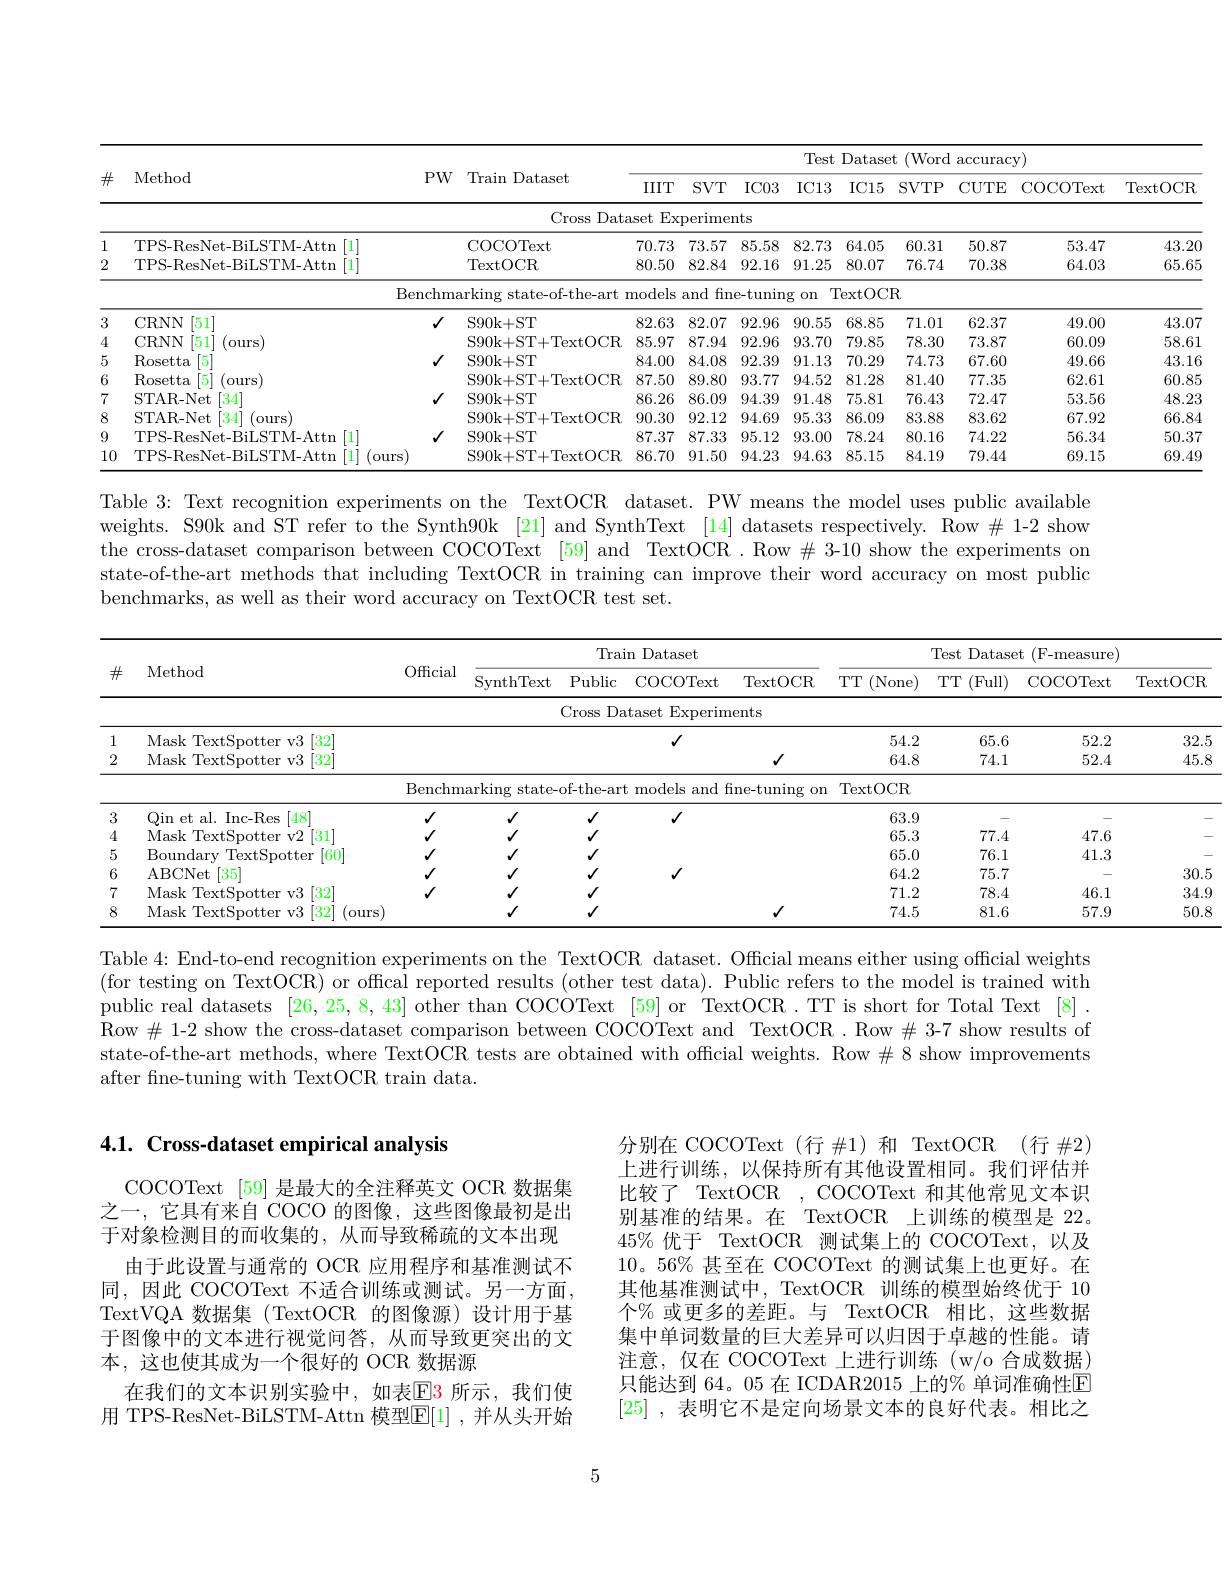
<table>
	<tbody>
		<tr>
			<th>$\#$</th>
			<th>Method</th>
			<th>$PW$</th>
			<th>Train Dataset</th>
			<th>$IIIT$</th>
			<th>$SVT$</th>
			<th>$IC13$</th>
			<th>$IC15$</th>
			<th>$SVTP$</th>
			<th>CUTE</th>
			<th>COCOText</th>
			<th>$\operatorname{TextOCR}$</th>
		</tr>
		<tr>
			<td> </td>
			<td> </td>
			<td> </td>
			<td>Cross sDat</td>
			<td>taset $Ex$</td>
			<td>perimer</td>
			<td> </td>
			<td> </td>
			<td> </td>
			<td> </td>
			<td> </td>
			<td> </td>
		</tr>
		<tr>
			<td>1</td>
			<td>TPS-ResNet-BiLSTM-Attn $\lceil1\rceil$</td>
			<td> </td>
			<td>COCOText</td>
			<td>70.73</td>
			<td>73.57</td>
			<td>82.73</td>
			<td>64.05</td>
			<td>60.31</td>
			<td>50.87</td>
			<td>53.47</td>
			<td>43.20</td>
		</tr>
		<tr>
			<td rowspan="2">4 2</td>
			<td>TPS-ResNet-BiLSTM-Attn [1]</td>
			<td> </td>
			<td>TextOCR</td>
			<td>80.50</td>
			<td>82.84</td>
			<td>91.25</td>
			<td>80.07</td>
			<td>76.74</td>
			<td>70.38</td>
			<td>64.03</td>
			<td>65.65</td>
		</tr>
		<tr>
			<td>Ber</td>
			<td>snchm</td>
			<td>$\operatorname{urking}$ state-of-the-art</td>
			<td>models</td>
			<td>fin and</td>
			<td>$ng$ $0n$</td>
			<td>TextOC</td>
			<td>$R$</td>
			<td> </td>
			<td> </td>
			<td> </td>
		</tr>
		<tr>
			<td>3</td>
			<td>CRNN [51]</td>
			<td>$√$</td>
			<td>S90k+ ST</td>
			<td>82.63</td>
			<td>82.07</td>
			<td>90.55</td>
			<td>68.85</td>
			<td>71.01</td>
			<td>62.37</td>
			<td>49.00</td>
			<td>43.07</td>
		</tr>
		<tr>
			<td>4</td>
			<td>CRNN [51] (ours)</td>
			<td> </td>
			<td>S90k+ ST+ TextOCR</td>
			<td>85.97</td>
			<td>87.94</td>
			<td>93.70</td>
			<td>79.85</td>
			<td>78.30</td>
			<td>73.87</td>
			<td>60.09</td>
			<td>58.61</td>
		</tr>
		<tr>
			<td>5</td>
			<td>Rosetta $\begin{bmatrix}5\\1\end{bmatrix}$</td>
			<td>$√$</td>
			<td>S90k+ ST</td>
			<td>84.00</td>
			<td>84.08</td>
			<td>91.13</td>
			<td>70.29</td>
			<td>74.73</td>
			<td>67.60</td>
			<td>49.66</td>
			<td>43.16</td>
		</tr>
		<tr>
			<td>6</td>
			<td>Rosetta [5] (ours)</td>
			<td> </td>
			<td>S90k+ ST+ TextOCR</td>
			<td>87.50</td>
			<td>89.80</td>
			<td>94.52</td>
			<td>81.28</td>
			<td>81.40</td>
			<td>77.35</td>
			<td>62.61</td>
			<td>60.85</td>
		</tr>
		<tr>
			<td>7</td>
			<td>STAR- Net [34]</td>
			<td>$√$</td>
			<td>S90k+ ST</td>
			<td>86.26</td>
			<td>86.09</td>
			<td>91.48</td>
			<td>75.81</td>
			<td>76.43</td>
			<td>72.47</td>
			<td>53.56</td>
			<td>48.23</td>
		</tr>
		<tr>
			<td>8</td>
			<td>STAR- Net [34] (ours</td>
			<td> </td>
			<td>S90k+ ST+ TextOCR</td>
			<td>90.30</td>
			<td>92.12</td>
			<td>95.33</td>
			<td>86.09</td>
			<td>83.88</td>
			<td>83.62</td>
			<td>67.92</td>
			<td>66.84</td>
		</tr>
		<tr>
			<td>9</td>
			<td>Attm 1 111</td>
			<td>$√$</td>
			<td>S90k+ ST</td>
			<td>87.37</td>
			<td>87.33</td>
			<td>93.00</td>
			<td>78.24</td>
			<td>80.16</td>
			<td>74.22</td>
			<td>56.34</td>
			<td>50.37</td>
		</tr>
		<tr>
			<td>10</td>
			<td> $\Delta ttm$ $011rs$</td>
			<td> </td>
			<td>S90k+ ST+ TextOCR</td>
			<td>86.70</td>
			<td>91.50</td>
			<td>94.63</td>
			<td>85.15</td>
			<td>84.19</td>
			<td>79.44</td>
			<td>69.15</td>
			<td>69.49</td>
		</tr>
	</tbody>
</table>

Table 3: Text recognition experiments on the TextOCR dataset. PW means the model uses public available weights. S90k and ST refer to the Synth90k [21] and SynthText [14] datasets respectively. Row # 1-2 show the cross-dataset comparison between COCOText [59] and TextOCR . Row $\#$ 3-10 show the experiments on state-of-the-art methods that including TextOCR in training can improve their word accuracy on most public benchmarks, as well as their word accuracy on TextOCR test set.

32.5

45.8

<table>
	<tbody>
		<tr>
			<th rowspan="2">$\#$</th>
			<th rowspan="2">Method</th>
			<th rowspan="2">Official</th>
			<th colspan="4">$\operatorname{Train}$ Dataset</th>
			<th colspan="4">Test Dataset t (F-measure)</th>
		</tr>
		<tr>
			<th>SynthText</th>
			<th>$\operatorname{Public}$ COCOText</th>
			<th>COCOText Public</th>
			<th>$\operatorname{TextOCR}$</th>
			<th>TTT (None)</th>
			<th>$TTT$ $\because($Full)</th>
			<th>COCOText</th>
			<th>$T\epsilon$</th>
		</tr>
		<tr>
			<td> </td>
			<td> </td>
			<td> </td>
			<td> </td>
			<td>Cross $s$Dataset $\textbf{t Experim}$</td>
			<td>ross Dataset $\operatorname{Experim}$</td>
			<td>nents</td>
			<td> </td>
			<td> </td>
			<td> </td>
			<td> </td>
		</tr>
		<tr>
			<td>1</td>
			<td>Mask TextSpotter v3 [32]</td>
			<td> </td>
			<td> </td>
			<td>$√$</td>
			<td>$√$</td>
			<td> </td>
			<td>54.2</td>
			<td>65.6</td>
			<td>52.2</td>
			<td> </td>
		</tr>
		<tr>
			<td rowspan="2">2</td>
			<td>Mask TextSpotter v3 $\lceil32\rceil$</td>
			<td> </td>
			<td> </td>
			<td> </td>
			<td> </td>
			<td>$√$</td>
			<td>64.8</td>
			<td>74.1</td>
			<td>52.4</td>
			<td> </td>
		</tr>
		<tr>
			<td> </td>
			<td>Benchm</td>
			<td>$\operatorname{arking}$ state-</td>
			<td>of-the-art models and f</td>
			<td>E- the- art models and 1</td>
			<td>${\mathrm{fine-tuning}}$ $0n$</td>
			<td>$\operatorname{TextOCR}$</td>
			<td> </td>
			<td> </td>
			<td> </td>
		</tr>
		<tr>
			<td>3</td>
			<td>Qin et al. Inc-Res [48]</td>
			<td>$√$</td>
			<td>$√$</td>
			<td>1 $V$</td>
			<td>$√$ $√$</td>
			<td> </td>
			<td>63.9</td>
			<td> </td>
			<td> </td>
			<td> </td>
		</tr>
		<tr>
			<td>4</td>
			<td>Mask TextSpotter v2 [31]</td>
			<td>$√$</td>
			<td>$√$</td>
			<td>$√$</td>
			<td>$V$</td>
			<td> </td>
			<td>65.3</td>
			<td>77.4</td>
			<td>47.6</td>
			<td> </td>
		</tr>
		<tr>
			<td>5</td>
			<td>Boundary TextSpotter [60]</td>
			<td>$√$</td>
			<td>$√$</td>
			<td>$V$</td>
			<td>$V$</td>
			<td> </td>
			<td>65.0</td>
			<td>76.1</td>
			<td>41.3</td>
			<td> </td>
		</tr>
		<tr>
			<td>6</td>
			<td>ABCNet [35]</td>
			<td>$√$</td>
			<td>$√$</td>
			<td>$√$ $√$</td>
			<td>$√$ $√$</td>
			<td> </td>
			<td>64.2</td>
			<td>75.7</td>
			<td> </td>
			<td> </td>
		</tr>
		<tr>
			<td>7</td>
			<td>Mask TextSpotter v3 $[32^{\cdot}$</td>
			<td>$√$</td>
			<td>$√$</td>
			<td></td>
			<td>$V$</td>
			<td> </td>
			<td>71.2</td>
			<td>78.4</td>
			<td>46.1</td>
			<td> </td>
		</tr>
		<tr>
			<td>8</td>
			<td>Mask TextSpotter v3 [32] (ours)</td>
			<td> </td>
			<td>$√$</td>
			<td> </td>
			<td>$√$</td>
			<td>$√$</td>
			<td>74.5</td>
			<td>81.6</td>
			<td>57.9</td>
			<td> </td>
		</tr>
	</tbody>
</table>

- -

30.5

34.9

50.8

Table 4: End-to-end recognition experiments on the TextOCR dataset. Offial means either using official weights (for testing on TextOCR) or offical reported results (other test data). Public refers to the model is trained with public real datasets $[26,25,8,43]\text{ other than COCOText [59] or }^{\prime}$TextOCR.TT is short for Total Text [8] . Row $\#$ 1-2 show the cross-dataset comparison between COCOText and TextOCR. Row#3-7 show results of state-of-the-art methods, where TextOCR tests are obtained with official weights. Row $\#8$ show improvements after fne-tuning with TextOCR train data.

## 4.1. Cross-dataset empirical analysis

分别在 COCOText(行 #1)和 TextOCR (行 #2) 上进行训练，以保持所有其他设置相同。我们评估并比较了 TextOCR, COCOText 和其他常见文本识别基准的结果。在 TextOCR 上训练的模型是 22。$45\%$优于 TextOCR 测试集上的 COCOText,以及10。56% 甚至在 COCOText 的测试集上也更好。在其他基准测试中，TextOCR 训练的模型始终优于 10个% 或更多的差距。与 TextOCR 相比，这些数据集中单词数量的巨大差异可以归因于卓越的性能。请注意，仅在 COCOText 上进行训练 (w/o 合成数据) 只能达到 64。05 在 ICDAR2015 上的% 单词准确性E [25] ,表明它不是定向场景文本的良好代表。相比之

COCOText [59] 是最大的全注释英文 OCR 数据集之一，它具有来自 COCO 的图像，这些图像最初是出于对象检测目的而收集的，从而导致稀疏的文本出现
由于此设置与通常的 OCR 应用程序和基准测试不同，因此 COCOText 不适合训练或测试。另一方面， TextVQA 数据集 (TextOCR 的图像源)设计用于基于图像中的文本进行视觉问答，从而导致更突出的文本，这也使其成为一个很好的 OCR 数据源
在我们的文本识别实验中，如表$\color{red}{\mathrm{E3}}$ 所示，我们使用 TPS-ResNet-BiLSTM-Attn 模型$\mathbb{E}[1]$ ,并从头开始

5